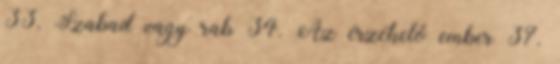
33. Szabad vagy rab 34. Az érzékelő ember 37.